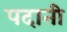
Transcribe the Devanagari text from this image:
पदानी